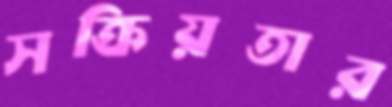
সক্রিয়তার